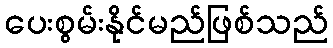
ပေးစွမ်းနိုင်မည်ဖြစ်သည်